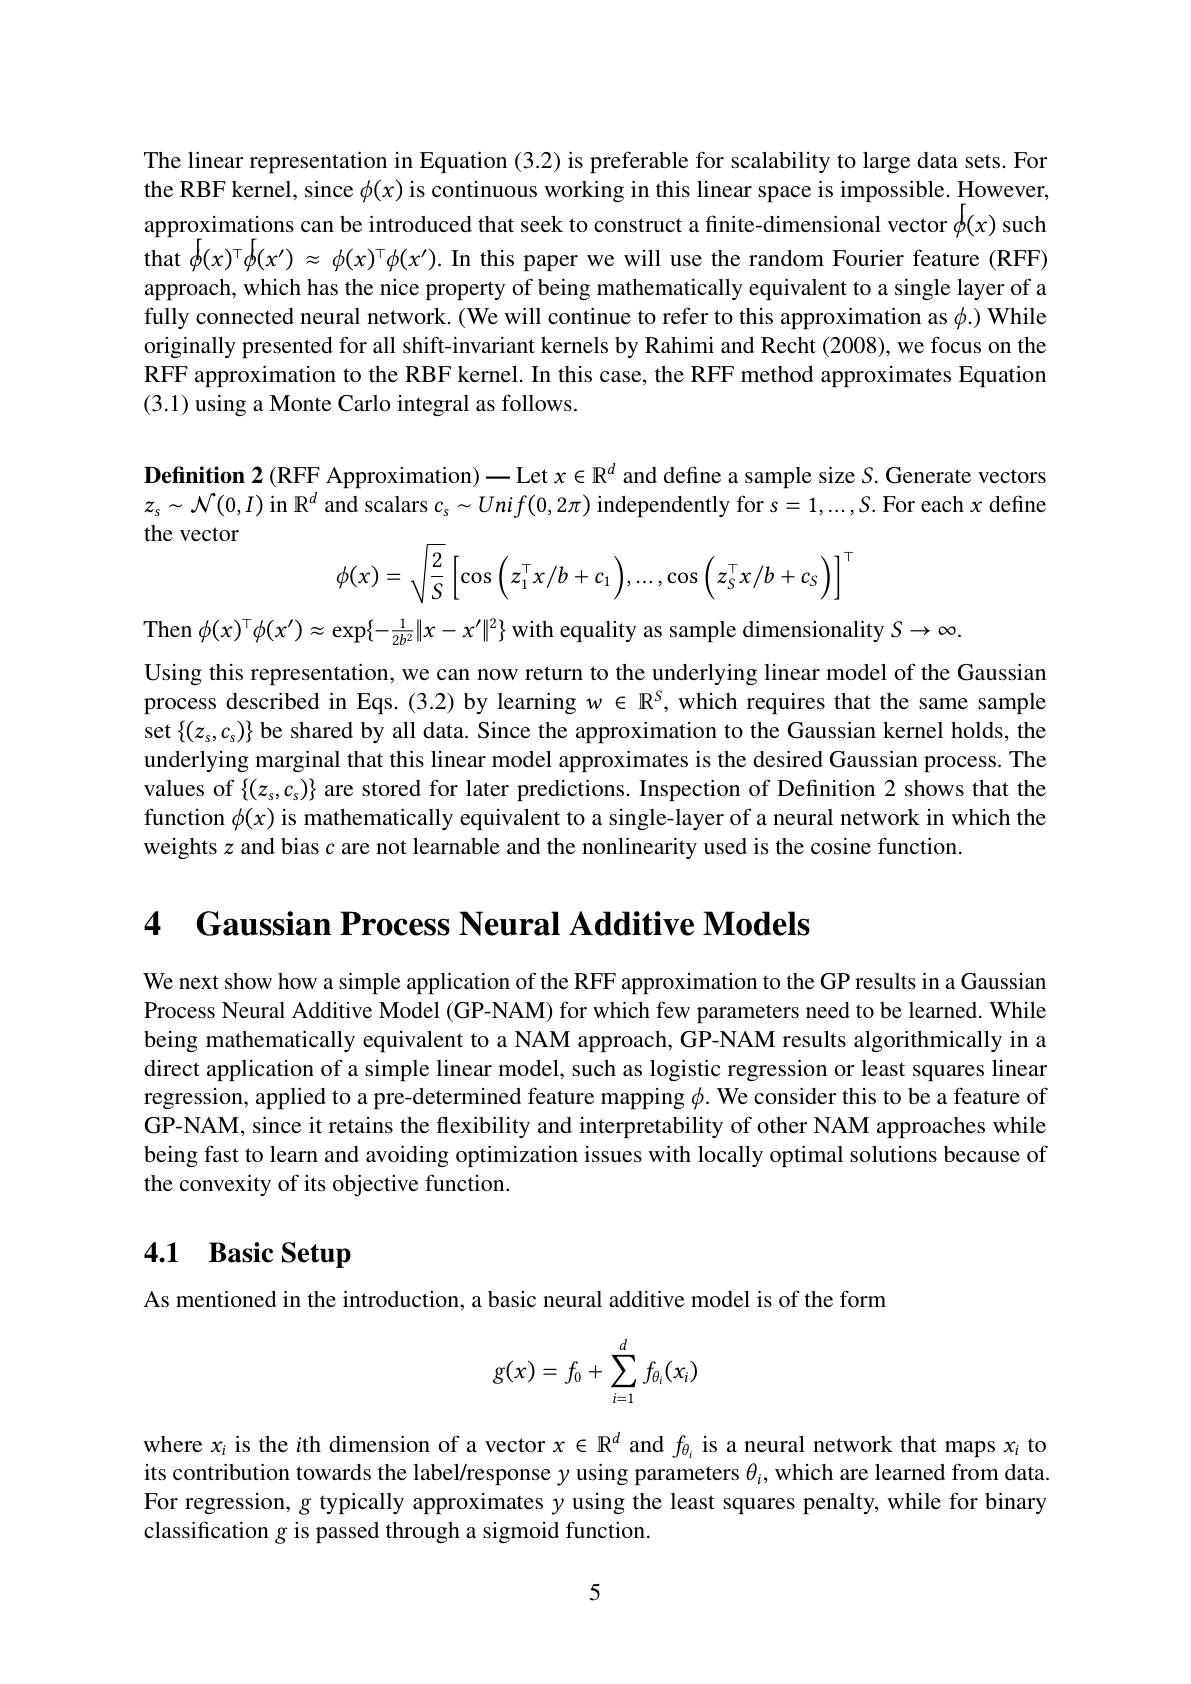
The linear representation in Equation (3.2) is preferable for scalability to large data sets. For the RBF kernel, since $\phi(x)$ is continuous working in this linear space is impossible. However, approximations can be introduced that seek to construct a finite-dimensional vector $\phi(x)$ such that $\phi(x)^\top\phi(x^{\prime})\approx\phi(x)^\top\phi(x^{\prime}).$ In this paper we will use the random Fourier feature (RFF) approach, which has the nice property of being mathematically equivalent to a single layer of a fully connected neural network. ( We will continue to refer to this approximation as $\phi.)$ While originally presented for all shift-invariant kernels by Rahimi and Recht (2008), we focus on the RFF approximation to the RBF kernel. In this case, the RFF method approximates Equation (3.1) using a Monte Carlo integral as follows.

Definition 2 (RFF Approximation) 一 Let $x\in\mathbb{R}^d$ and define a sample size S. Generate vectors $z_s\sim\mathcal{N}(0,I)$ in $\mathbb{R}^d$ and scalars $c_s\sim Unif(0,2\pi)$ independently for s$=1,...,S.$ For each $x$ define the vector
$$\phi(x)=\sqrt{\dfrac{2}{S}}\left[\cos\left(z_1^\top x/b+c_1\right),...,\cos\left(z_S^\top x/b+c_S\right)\right]^\top $$
Then $\phi(x)^\top\phi(x^{\prime})\approx\exp\{-\frac1{2b^2}\|x-x^{\prime}\|^2\}$ with equality as sample dimensionality $S\to\infty.$
Using this representation, we can now return to the underlying linear model of the Gaussian process described in Eqs.(3.2) by learning $w\in\mathbb{R}^S$, which requires that the same sample set $\{(z_s,c_s)\}$ be shared by all data. Since the approximation to the Gaussian kernel holds, the underlying marginal that this linear model approximates is the desired Gaussian process. The values of $\{(z_s,c_s)\}$ are stored for later predictions. Inspection of Definition 2 shows that the function $\phi(x)$ is mathematically equivalent to a single-layer of a neural network in which the weights $z$ and bias $c$ are not learnable and the nonlinearity used is the cosine function.

4 $\textbf{Gaussian Process Neural Additive Models}$

We next show how a simple application of the RFF approximation to the GP results in a Gaussian Process Neural Additive Model (GP-NAM) for which few parameters need to be learned. While being mathematically equivalent to a NAM approach, GP-NAM results algorithmically in a direct application of a simple linear model, such as logistic regression or least squares linear regression, applied to a pre-determined feature mapping $\phi.$ We consider this to be a feature of GP-NAM, since it retains the flexibility and interpretability of other NAM approaches while being fast to learn and avoiding optimization issues with locally optimal solutions because of the convexity of its objective function.

# 4.1 Basic Setup

As mentioned in the introduction, a basic neural additive model is of the form
$$g(x)=f_0+\sum_{i=1}^df_{\theta_i}(x_i)$$
$\begin{array}{l}{\mathrm{where~}x_{i}\text{ is the }i\text{th dimension of a vector }x\in\mathbb{R}^{d}\text{ and }f_{\theta_{i}}\text{ is a neural network that maps }x_{i}\text{ to}}\\{\mathrm{its~contribution~towards~the~label/response~}y\text{ using parameters }\theta_{i},\text{which are learned from data}}\end{array}$ For regression, g typically approximates $\gamma$ using the least squares penalty, while for binary classification g is passed through a sigmoid function.

5